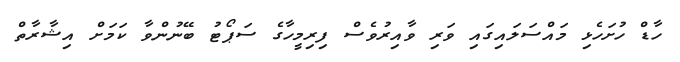
ހާޑް ހުށަހެޅި މައްސަލައިގައި ވަރި ވާއިރުވެސް ފިރިމީހާގެ ސަޕޯޓު ބޭނުންވާ ކަމަށް އިޝާރާތް